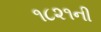
૧૮૨૧ની